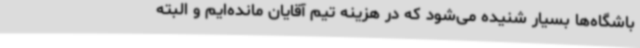
باشگاه‌ها بسیار شنیده می‌شود که در هزینه تیم آقایان مانده‌ایم و البته